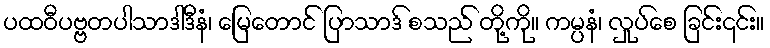
ပထဝီပဗ္ဗတပါသာဒါဒီနံ၊ မြေတောင် ပြာသာဒ် စသည် တို့ကို။ ကမ္ပနံ၊ လှုပ်စေ ခြင်း၎င်း။